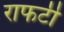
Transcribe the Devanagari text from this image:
राफर्टी